Report of the King Institute of Preventive Medicine, Guindy
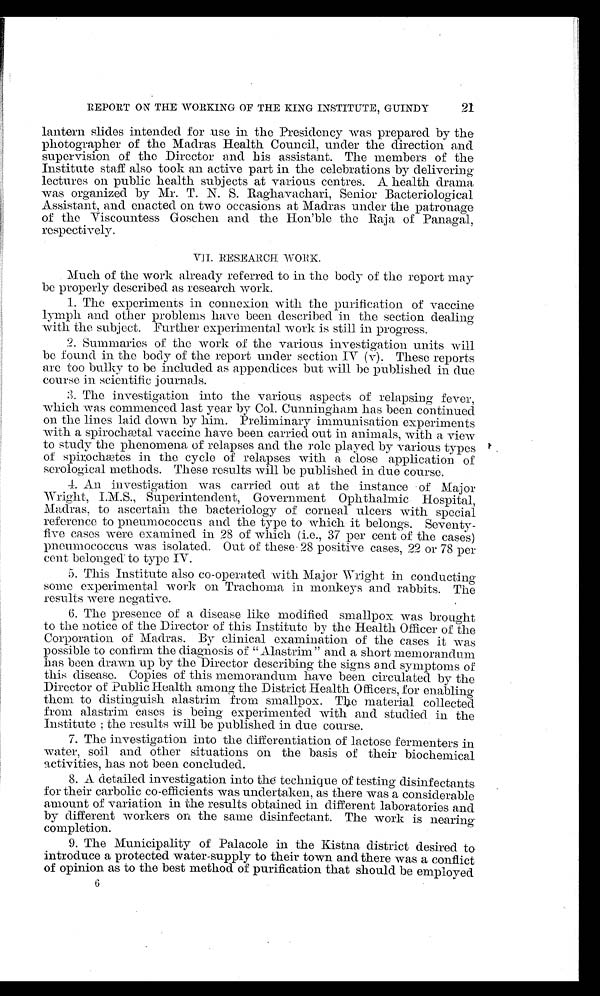
21
REPORT ON THE WORKING OF THE KING INSTITUTE, GUINDY
lantern slides intended for use in the Presidency was prepared by the
photographer of the Madras Health Council, under the direction and
supervision of the Director and his assistant. The members of the
Institute staff also took an active part in the celebrations by delivering
lectures on public health subjects at various centres. A health drama
was organized by Mr. T. N. S. Raghavachari, Senior Bacteriological
Assistant, and enacted on two occasions at Madras under the patronage
of the Viscountess Goschen and the Hon'ble the Raja of Panagal,
respectively.
V I I . R E S E A R C H W O R K .
Much of the work already referred to in the body of the report may
be properly described as research work.
1. The experiments in connexion with the purification of vaccine
lymph and other problems have been described in the section dealing
with the subject. Further experimental work is still in progress.
2. Summaries of the work of the various investigation units will
be found in the body of the report under section IV (v). These reports
are too bulky to be included as appendices but will be published in due
course in scientific journals.
3. The investigation into the various aspects of relapsing fever,
which was commenced last year by Col. Cunningham has been continued
on the lines laid down by him. Preliminary immunisation experiments
with a spirochætal vaccine have been carried out in animals, with a view
to study the phenomena of relapses and the role played by various types
of spirochætes in the cycle of relapses with a close application of
serological methods. These results will be published in due course.
4. An investigation was carried out at the instance of Major
Wright, I.M.S., Superintendent, Government Ophthalmic Hospital,
Madras, to ascertain the bacteriology of corneal ulcers with special
reference to pneumococcus and the type to which it belongs. Sevent
y -
five cases were examined in 28 of which (i.e., 37 per cent of the cases)
pneumococcus was isolated. Out of these 28 positive cases, 22 or 78 per
cent belonged to type IV.
5. This Institute also co-operated with Major Wright in conducting
some experimental work on Trachoma in monkeys and rabbits. The
results were negative.
6. The presence of a disease like modified smallpox was brought
to the notice of the Director of this Institute by the Health Officer of the
Corporation of Madras. By clinical examination of the cases it was
possible to confirm the diagnosis of "Alastrim" and a short memorandum
has been drawn up by the Director describing the signs and symptoms of
this disease. Copies of this memorandum have been circulated by the
Director of Public Health among the District Health Officers, for enabling
them to distinguish alastrim from smallpox. The material collected
from alastrim cases is being experimented with and studied in the
Institute ; the results will be published in due course.
7. The investigation into the differentiation of lactose fermenters in
water, soil and other situations on the basis of their biochemical
activities, has not been concluded.
8. A detailed investigation into the technique of testing disinfectants
for their carbolic co-efficients was undertaken, as there was a considerable
amount of variation in the results obtained in different laboratories and
by different workers on the same disinfectant. The work is nearing
completion.
9. The Municipality of Palacole in the Kistna district desired to
introduce a protected water-supply to their town and there was a conflict
of opinion as to the best method of purification that should be employed
6